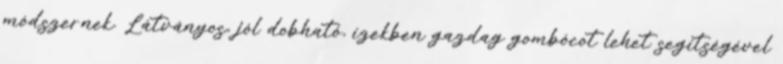
módszernek. Látványos, jól dobható, ízekben gazdag gombócot lehet segítségével